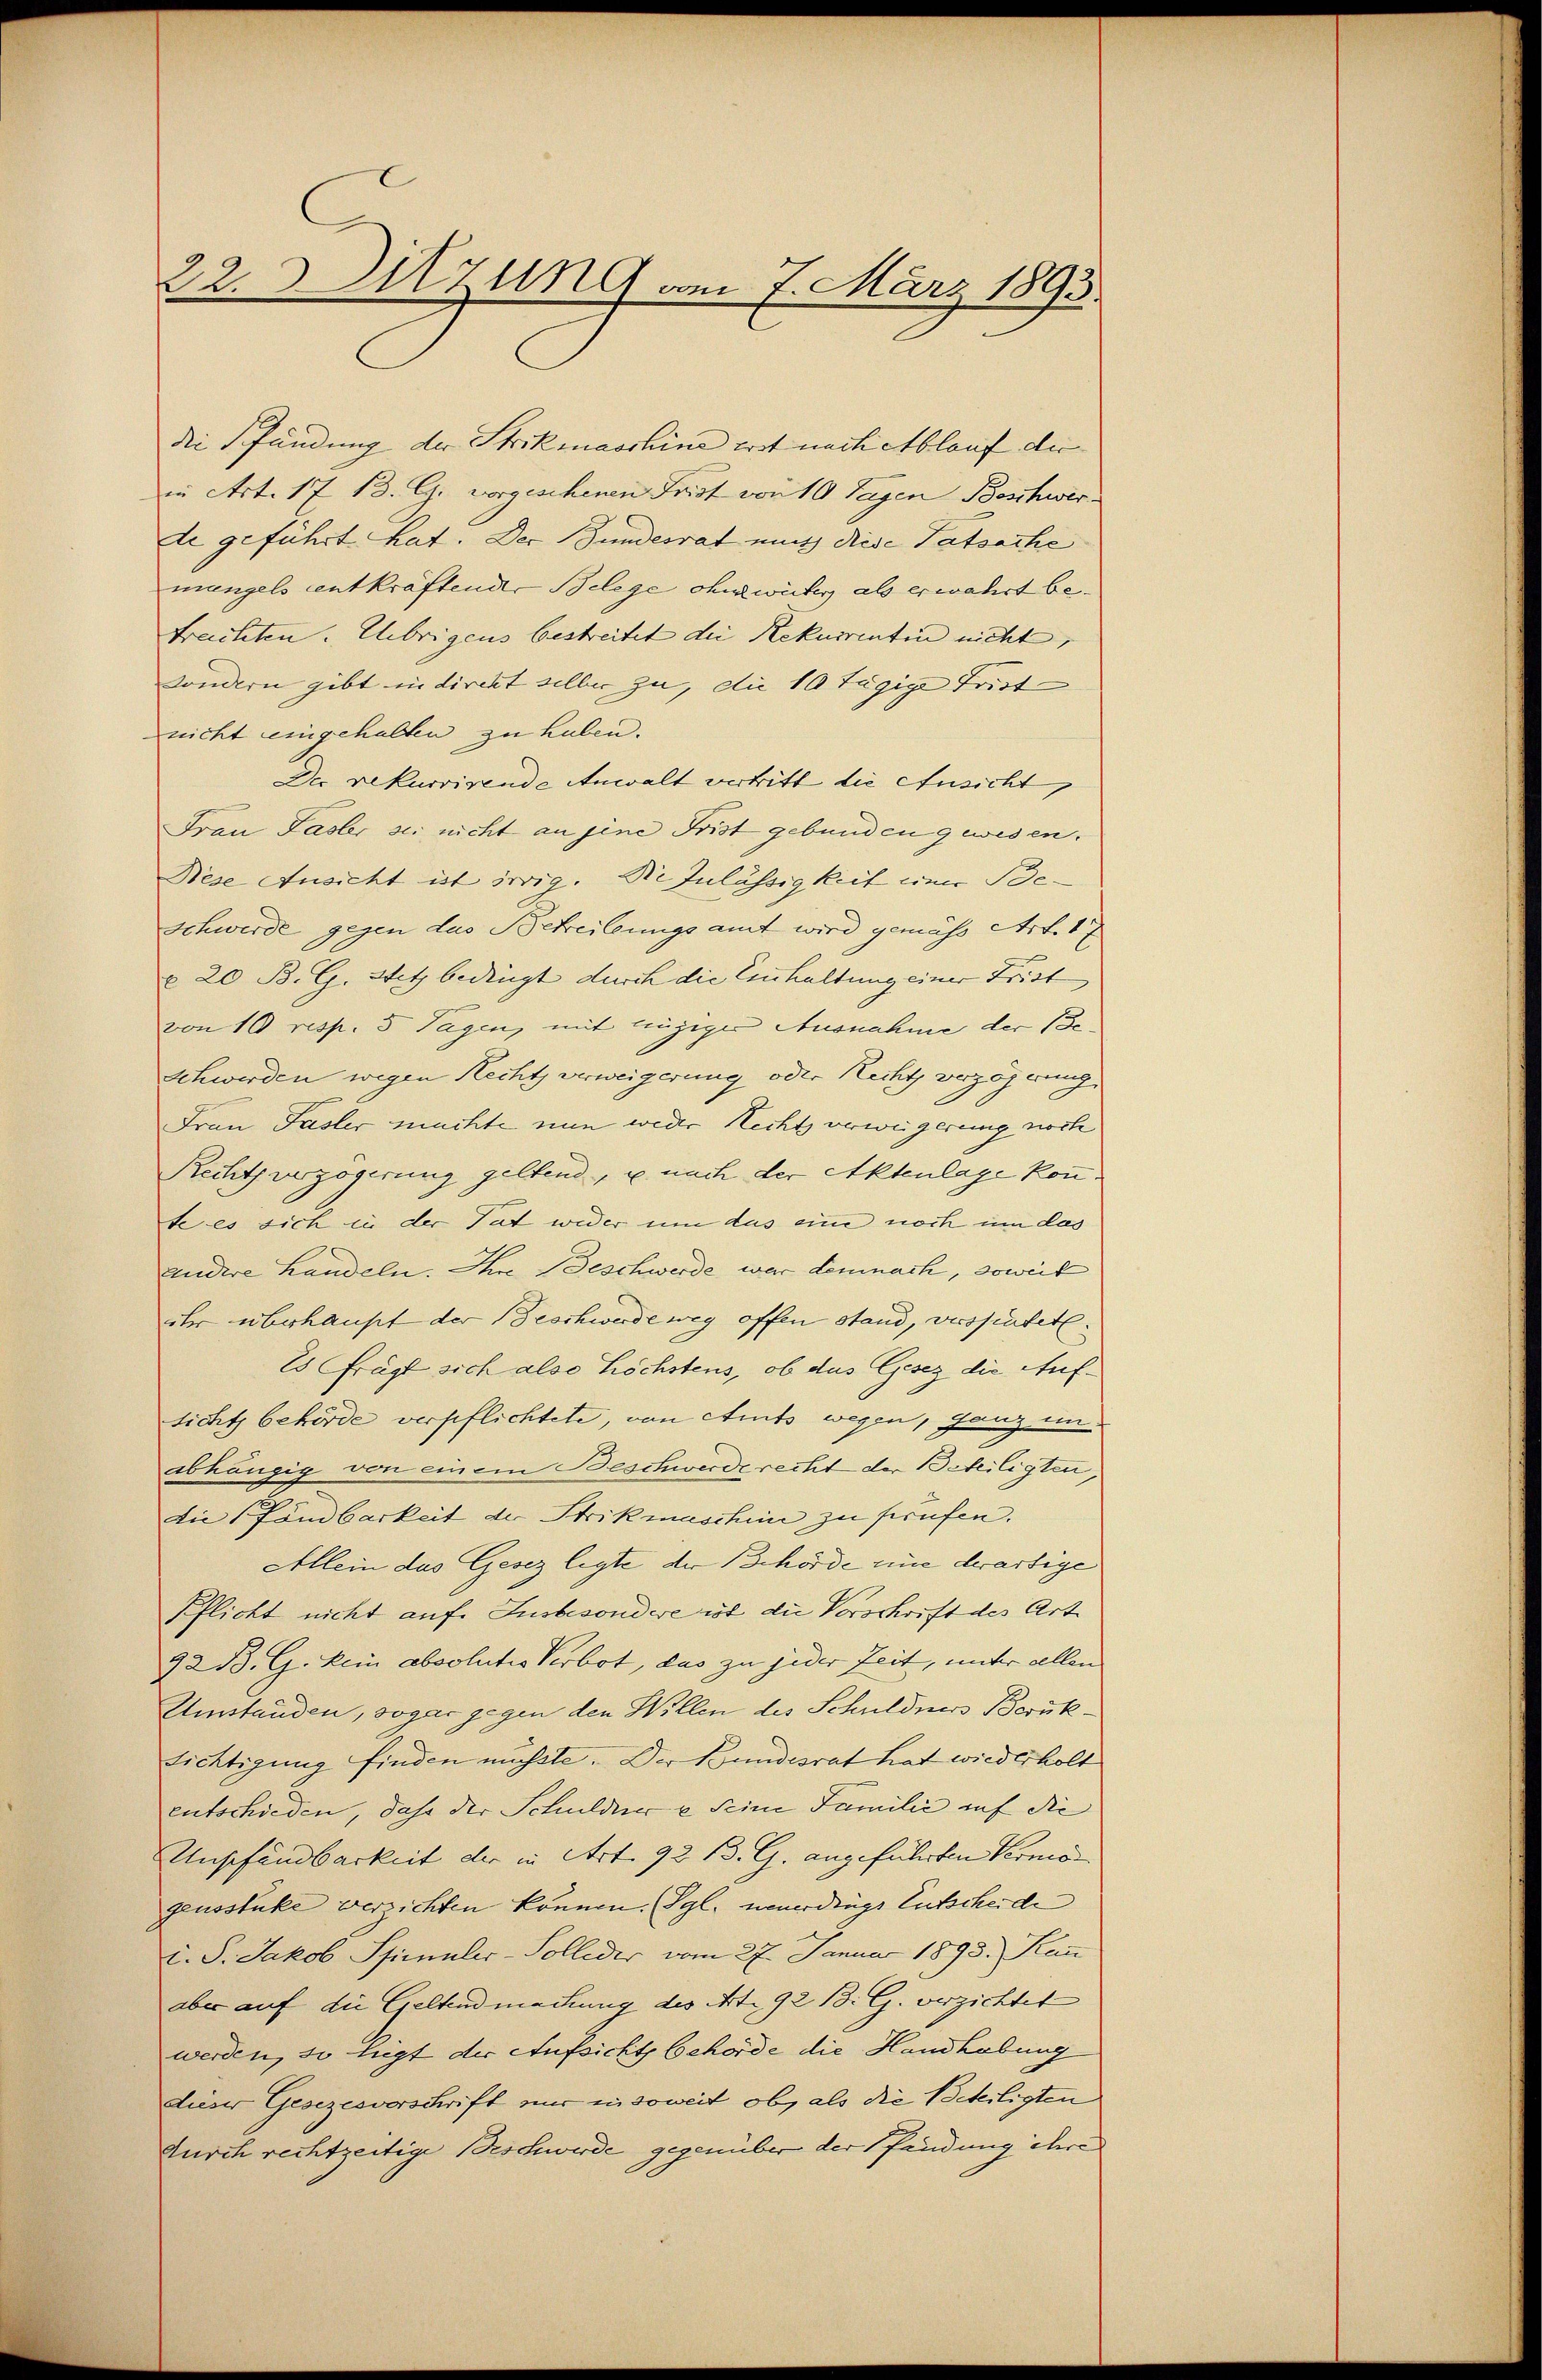
22. Sitzung am 7. März 1893.

die Pfändung der Strikmaschine erst nach Ablauf die
in Art. 17 B. G. vorgeschenen Frist von 10 Tagen Beschwerte geführt hat. Der Bundesrat mit diese Tatsache
mengels entkräftender Belege ohnewiter als erwahrt betrachten. Übrigens bestreitet die Rekurrenten nicht,
sondern gibt in direkt silber zu, die 10 tägige Frist
nicht eingehalten zu haben.
Der rekurrirende Anwalt vertritt die Ansicht,
Frau Faster sei nicht an jene Frist gebunden gewesen.
Bese Ansicht ist swig. Die Zulässigkeit einer Be¬
Schwerde gegen das Betreitungsamt wird gemäss Art. 17
§ 20 B. G. Stetz bedingt durch die Einhaltung einer Frist
von 10 resp. 5 Tagen, mit einziger Ausnahme der Be-
Schwerden wegen Rechts verweigerung oder Recht verzögerung
Frau Pasler machte nun weder Rechts verweigerung noch
Rechtsverzögerung geltend, u. nach der Aktenlage konnte es sich in der Tat wider um das eine noch um das
andere Landeln. Ihre Beschwerde war demnach, soweit
ihr überhaupt der Beschwerde weg offen stand, verspätet.
Es frägt sich also höchstens, ob das Gesez die Aufsicht behörde verpflichtete, von Amts wegen, ganz im
abhängig von einem Beschwerde recht der Beteiligten,
die Landbarkeit der Strikmaschini zu prüfen.
Allein das Gesez legte der Behörde eine derartige
Pflicht nicht auf. Insbesondere ist die Vorschrift des Art
22 B. G. kein absolutes Verbot, das zu jeder Zeit, unter allen
Umständen, sogar gegen den Willen des Schuldners Beruk¬
Richtigung finden müsste. Der Bundesrat hat wiederholt
eutschieden, daß der Schuldner u Seine Familić auf die
Unschendbarkeit der in Art. 92 B. G. angeführten Vermö- |
gensstüke verzichten können. (Vgl. neuerdings Entscheide
d. S. Jakob Spieler-Solleder vom 27. Januar 1893. Kan
aber auf die Geltendmachung des Art. 92 B. G. verzichtet
werden, so liegt der Aufsicht behörde die Handhabung
dieser Gesezesvorschrift nur in soweit ob, als die Beteiligten
durch rechtzeitige Beschwerde gegenüber der Pfändung ihre